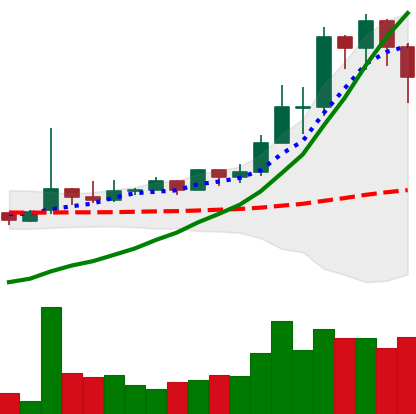
Ticker: TRX-USD
Chart end date: 2021-02-15
Forward return: 14.375%
Label: up_7plus